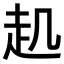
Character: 𧺋